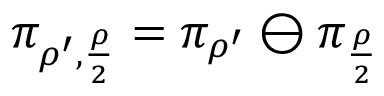
\pi _ { \rho ^ { \prime } , \frac { \rho } { 2 } } = \pi _ { \rho ^ { \prime } } \ominus \pi _ { \frac { \rho } { 2 } }